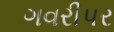
ગવરીપર